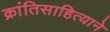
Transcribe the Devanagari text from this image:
क्रांतिसाहित्याने